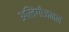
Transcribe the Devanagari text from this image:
अलिंगीजनन